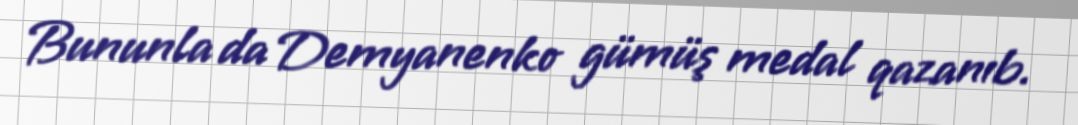
Bununla da Demyanenko gümüş medal qazanıb.